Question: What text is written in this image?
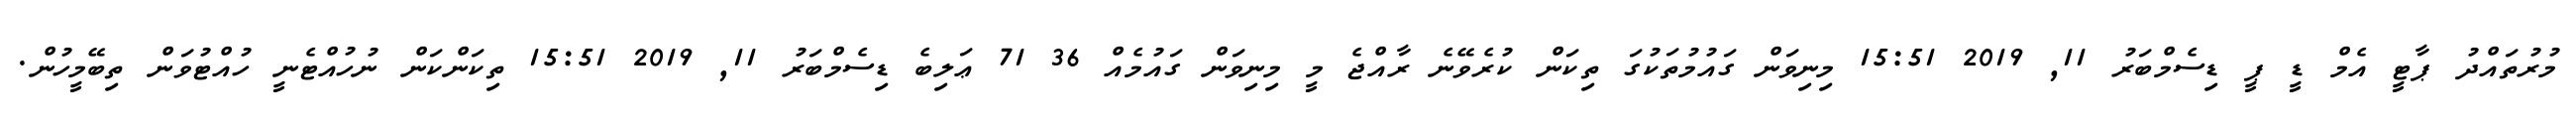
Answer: މުރުތައްދު ޕާޓީ އެމް ޑީ ޕީ ޑިސެމްބަރު 11, 2019 15:51 މިނިވަން ގައުމުތަކުގަ ތިކަން ކުރެވޭނެ ރާއްޖެ މީ މިނިވަން ގައުމެއް 36 71 ޢަލިބެ ޑިސެމްބަރު 11, 2019 15:51 ތިކަންކަން ނުހުއްޓެނީ ހުއްޓުވަން ތިބޭމީހުން.